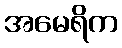
အမေရိက